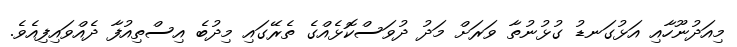
މިއަދުނޫހާއި އަޅުގަނޑު ގުޅުނުތާ ވަރަށް މަދު ދުވަސްކޮޅެއްގެ ތެރޭގައި މިދުބެ އިސްތިއުފާ ދެއްވައިފިއެވެ.